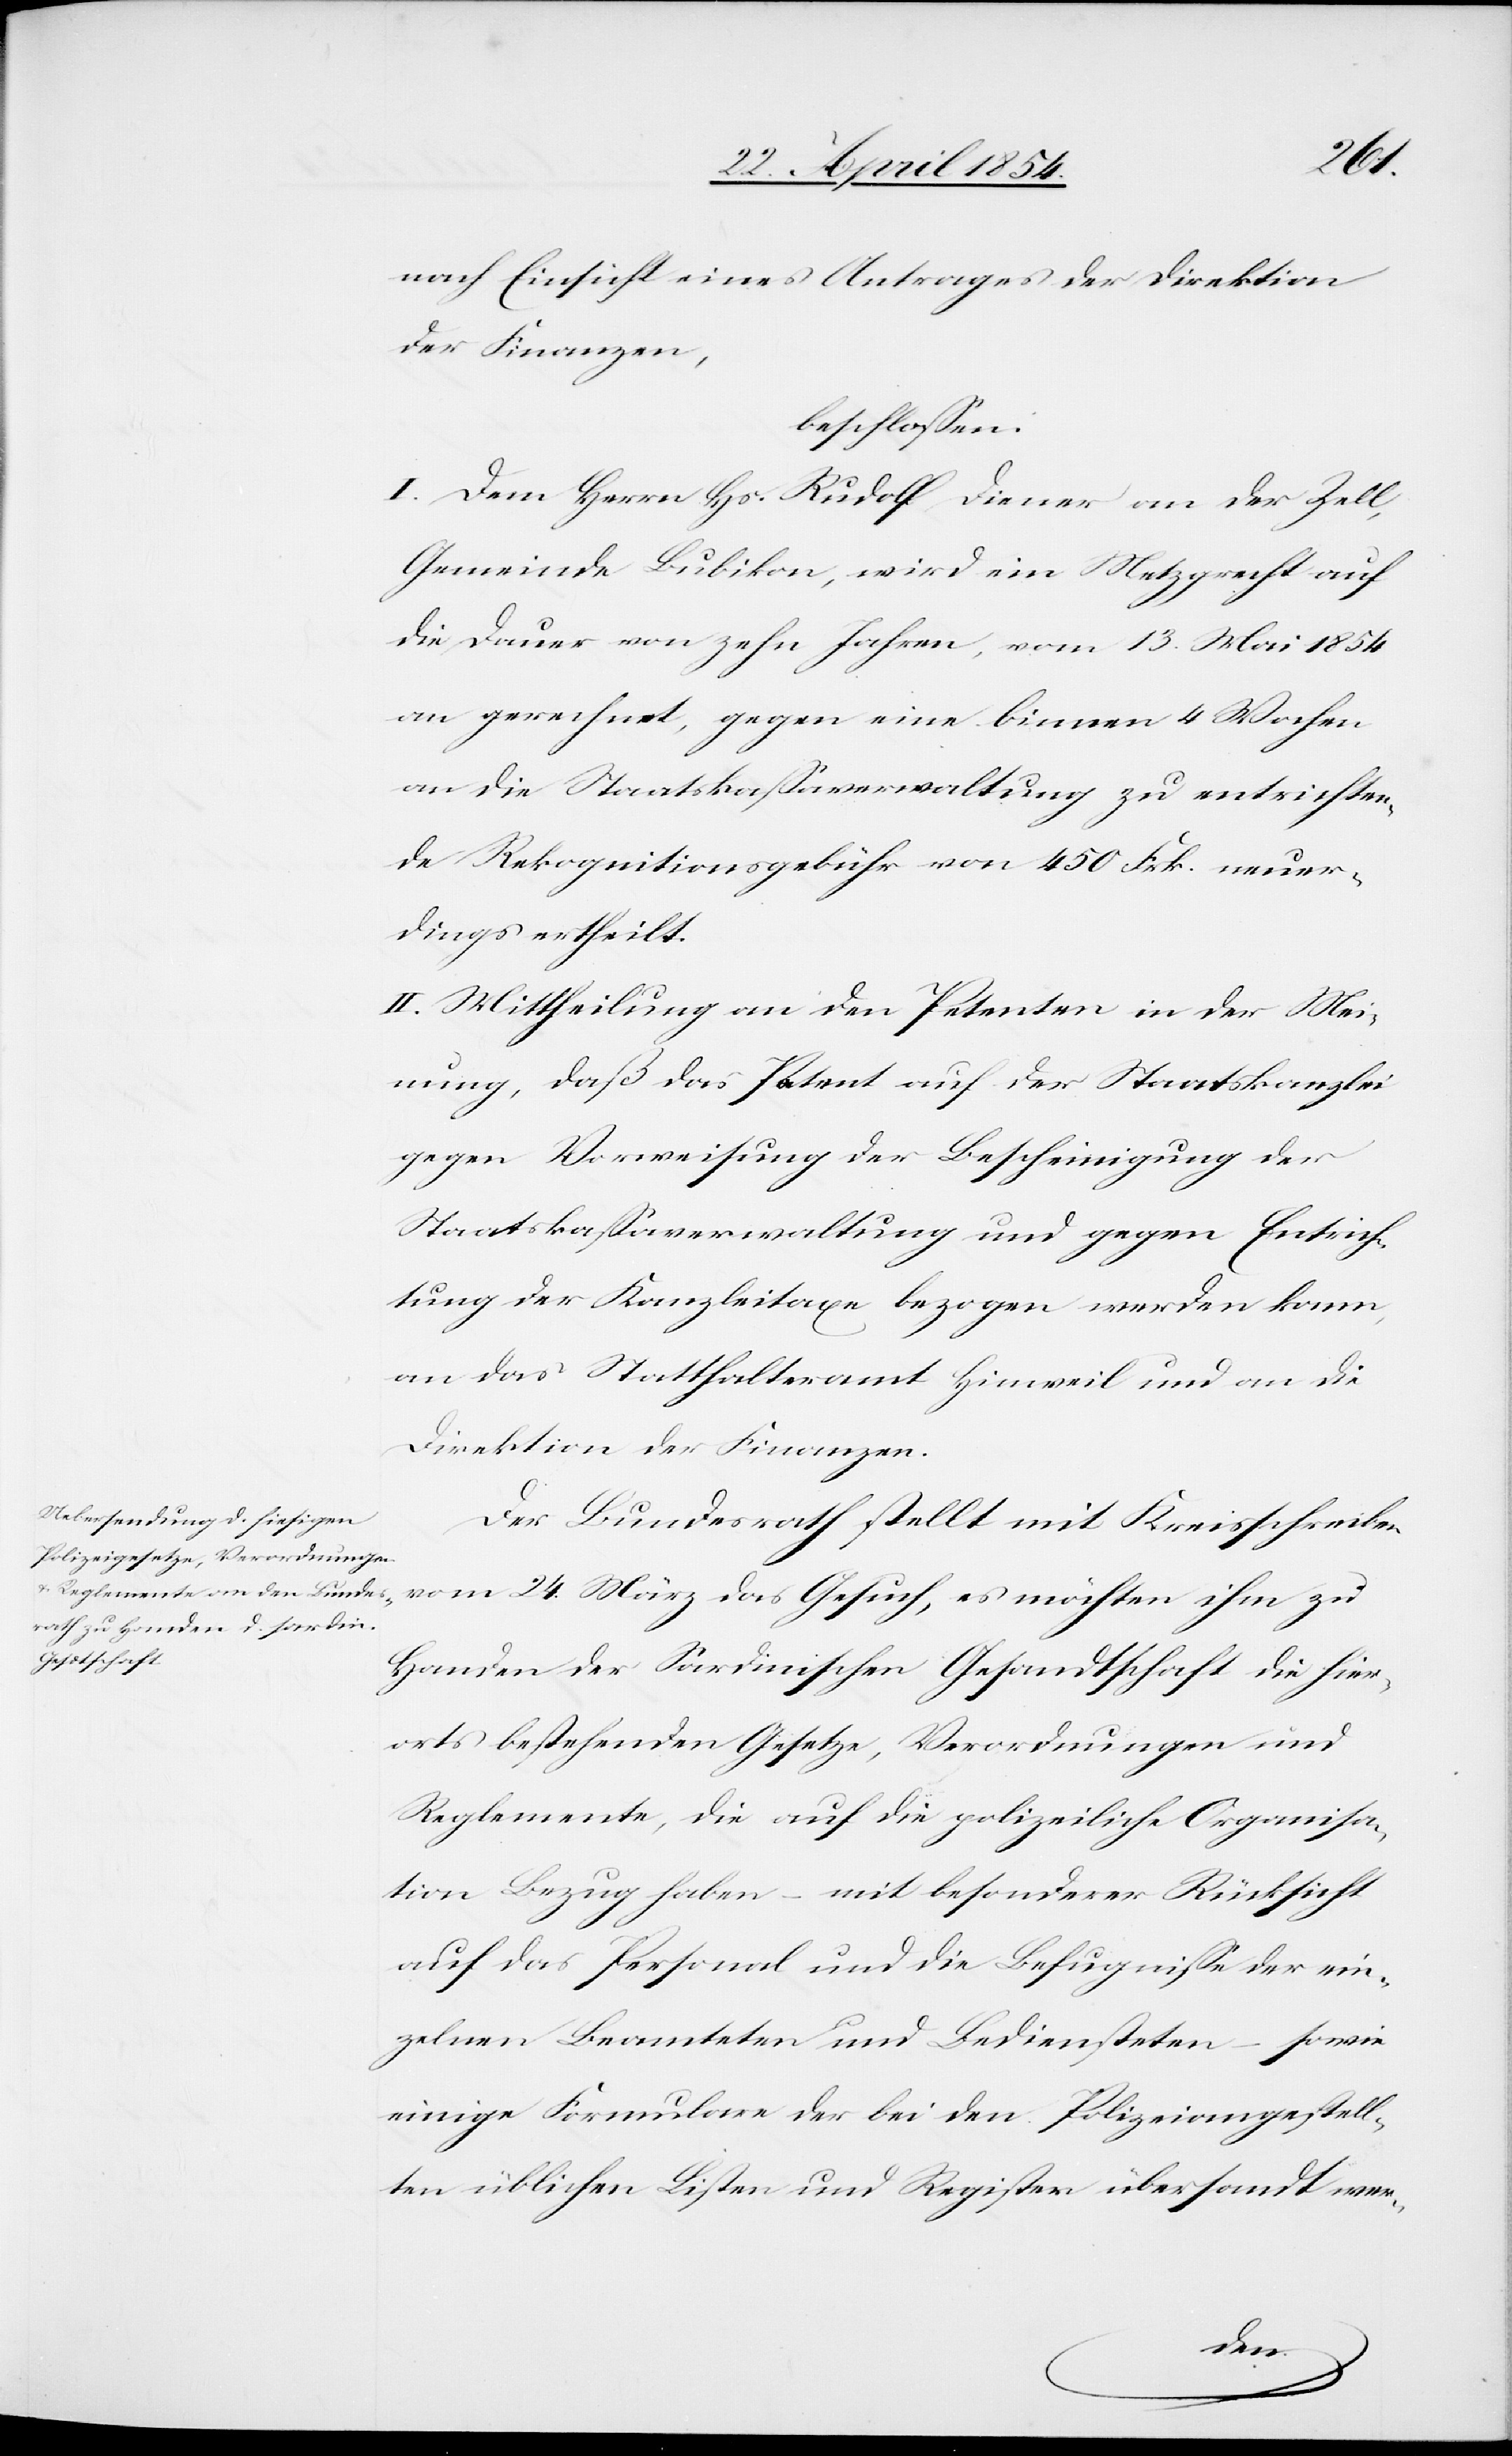
nach Einsicht eines Antrages der Direktion
der Finanzen,
beschloßen:
I. Dem Herrn Hs. Rudolf Diener an der Zell,
Gemeinde Bubikon, wird ein Metzgrecht auf
die Dauer von zehn Jahren, vom 13. Mai 1854
an gerechnet, gegen eine binnen 4 Wochen
an die Staatskaßaverwaltung zu entrichten¬
de Rekognitionsgebühr von 450 Fr. neuer¬
dings ertheilt.
II. Mittheilung an den Petenten in der Mei¬
nung, daß das Patent auf der Staatskanzlei
gegen Vorweisung der Bescheinigung der
Staatskaßarverwaltung und gegen Entrich¬
tung der Kanzleitaxen bezogen werden kann,
an das Statthalteramt Hinweil und an die
Direktion der Finanzen.
Der Bundesrath stellt mit Kreisschreiben
vom 24. März das Gesuch, es möchten ihm zu
Handen der Sardinischen Gesandtschaft die hier¬
orts bestehenden Gesetze, Verordnungen und
Reglemente, die auf die polizeiliche Organisa¬
tion Bezug haben – mit besonderer Rücksicht
auf das Personal und die Befugniße der ein¬
zelnen Beamteten und Bediensteten – sowie
einige Formulare der bei den Polizeiangestell¬
ten üblichen Listen und Register übersandt wer-